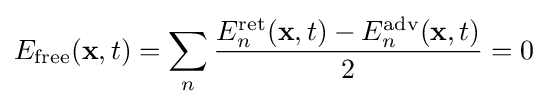
E_{\text{free}}(\mathbf {x} ,t)=\sum _{n}{\frac {E_{n}^{\text{ret}}(\mathbf {x} ,t)-E_{n}^{\text{adv}}(\mathbf {x} ,t)}{2}}=0